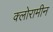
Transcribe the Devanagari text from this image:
क्लोरामीन